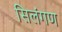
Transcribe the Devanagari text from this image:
सिलंगण